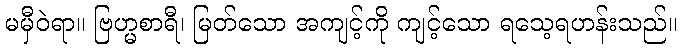
မမှီဝဲရာ။ ဗြဟ္မစာရီ၊ မြတ်သော အကျင့်ကို ကျင့်သော ရသေ့ရဟန်းသည်။